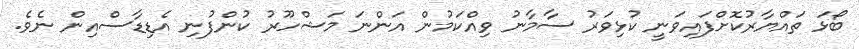
ބޯޅަ ތައްޔާރުކޮށްފައިވަނީ ކުޅިވަރު ސާމާނު ވިއްކަމުން އަންނަ މަޝްހޫރު ކުންފުނި އެޑިޑާސްއިން ނެވެ.